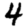
Digit: 4